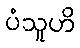
ပံသူဟိ